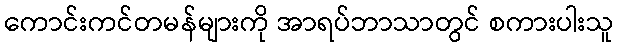
ကောင်းကင်တမန်များကို အာရပ်ဘာသာတွင် စကားပါးသူ